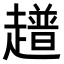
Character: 𧾃